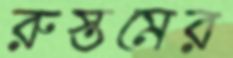
রুস্তমের